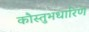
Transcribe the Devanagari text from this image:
कौस्तुभधारिण